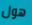
هول